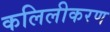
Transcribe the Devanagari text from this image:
कलिलीकरण